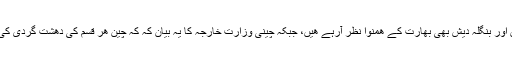
دھشت گردی کے مسلے پر افغانستان اور بنگلہ دیش بھی بھارت کے ھمنوا نظر آرہے ھیں، جبکہ چینی وزارت خارجہ کا یہ بیان کہ کہ چین ھر قسم کی دھشت گردی کی مذمت کرتا ہے بڑی معنی خیز ہے۔